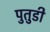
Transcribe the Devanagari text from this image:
पुतुडी